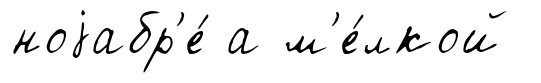
ноjабр'е́ а м'е́лкой